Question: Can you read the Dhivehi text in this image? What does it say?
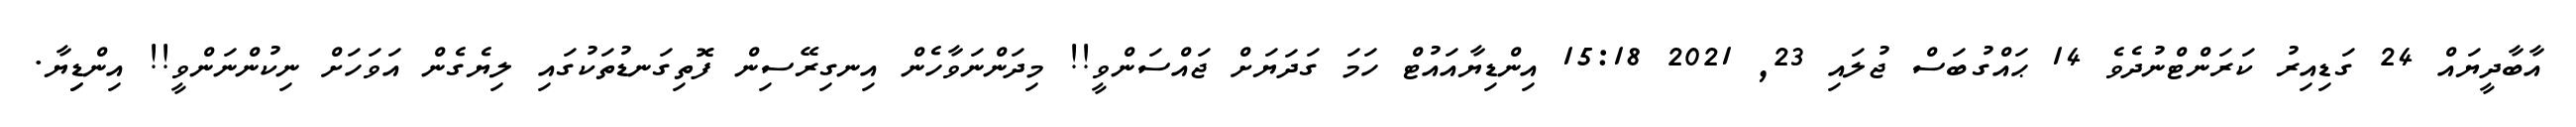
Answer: އާބާދީޔައް 24 ގަޑިއިރު ކަރަންޓްނުދެވެ 14 ޙައްގުބަސް ޖުލައި 23, 2021 15:18 އިންޑިޔާއައުޓް ހަމަ ގަދަޔަށް ޖައްސަންވީ!! މިދަންނަވާހެން އިނގިރޭސިން ފޮތިގަނޑުތަކުގައި ލިޔެގެން އަވަހަށް ނިކުންނަންވީ!! އިންޑިިޔާ.